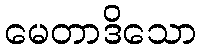
မေတာဒိသော